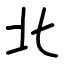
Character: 北